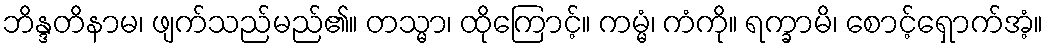
ဘိန္ဒတိနာမ၊ ဖျက်သည်မည်၏။ တသ္မာ၊ ထိုကြောင့်။ ကမ္မံ၊ ကံကို။ ရက္ခာမိ၊ စောင့်ရှောက်အံ့။